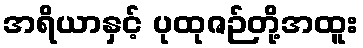
အရိယာနှင့် ပုထုဇဉ်တို့အထူး